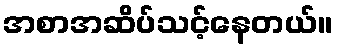
အစာအဆိပ်သင့်နေတယ်။